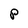
Character: P